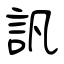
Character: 訉